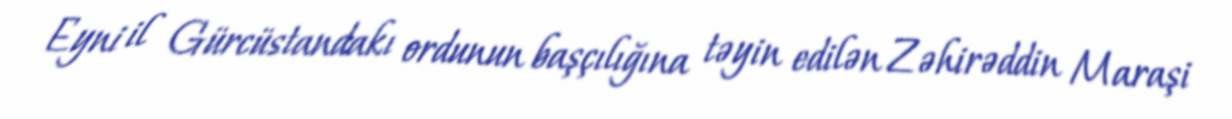
Eyni il Gürcüstandakı ordunun başçılığına təyin edilən Zəhirəddin Maraşi